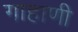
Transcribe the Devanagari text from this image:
गाहाणी